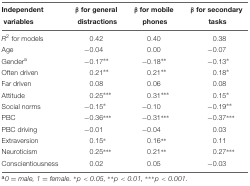
<table><thead><tr><td><b>Independent</b></td><td><b>β for general</b></td><td><b>β for mobile</b></td><td><b>β for secondary</b></td></tr><tr><td><b>variables</b></td><td><b>distractions</b></td><td><b>phones</b></td><td><b>tasks</b></td></tr></thead><tbody><tr><td><i>R</i><sup>2</sup> for models</td><td>0.42</td><td>0.40</td><td>0.38</td></tr><tr><td>Age</td><td>–0.04</td><td>0.00</td><td>–0.07</td></tr><tr><td>Gender<sup>a</sup></td><td>–0.17<sup>*</sup>*</td><td>–0.18<sup>*</sup>*</td><td>–0.13<sup>*</sup></td></tr><tr><td>Often driven</td><td>0.21<sup>*</sup>*</td><td>0.21<sup>*</sup>*</td><td>0.18<sup>*</sup></td></tr><tr><td>Far driven</td><td>0.08</td><td>0.06</td><td>0.08</td></tr><tr><td>Attitude</td><td>0.25<sup>*</sup>**</td><td>0.31<sup>*</sup>**</td><td>0.15<sup>*</sup></td></tr><tr><td>Social norms</td><td>–0.15<sup>*</sup></td><td>–0.10</td><td>–0.19<sup>*</sup>*</td></tr><tr><td>PBC</td><td>–0.36<sup>*</sup>**</td><td>–0.31<sup>*</sup>**</td><td>–0.37<sup>*</sup>**</td></tr><tr><td>PBC driving</td><td>–0.01</td><td>–0.04</td><td>0.03</td></tr><tr><td>Extraversion</td><td>0.15<sup>*</sup></td><td>0.16<sup>*</sup>*</td><td>0.11</td></tr><tr><td>Neuroticism</td><td>0.25<sup>*</sup>**</td><td>0.21<sup>*</sup>*</td><td>0.27<sup>*</sup>**</td></tr><tr><td>Conscientiousness</td><td>0.02</td><td>0.05</td><td>–0.03</td></tr></tbody></table>